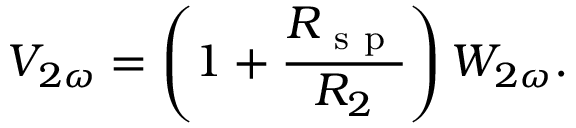
V _ { 2 \omega } = \left( 1 + \frac { R _ { \mathrm { ~ s ~ p ~ } } } { R _ { 2 } } \right) W _ { 2 \omega } { . }